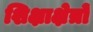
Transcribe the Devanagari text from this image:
शिक्षाक्षेत्रों